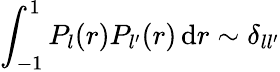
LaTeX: \int_{-1}^{1}P_{l}(r)P_{l^{\prime}}(r)\, \mathrm{d}r\sim\delta_{ll^{\prime}}